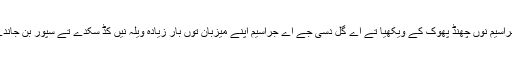
ایس جراسیم نوں چھنڈ پھوک کے ویکھیا تے اے گل دسی جے اے جراسیم اپنے میزبان توں بار زیادہ ویلہ نیں کڈ سکدے تے سپور بن جاندے نیں۔